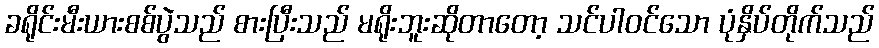
ခရိုင်းမီးယားစစ်ပွဲသည် စားပြီးသည် မရိုးဘူးဆိုတာတော့ သင်ပါဝင်သော ပုံနှိပ်တိုက်သည်